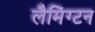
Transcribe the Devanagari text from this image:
लैमिंग्टन